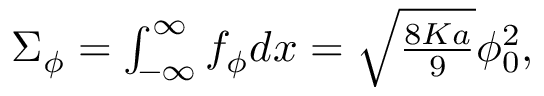
\begin{array} { r } { \Sigma _ { \phi } = \int _ { - \infty } ^ { \infty } f _ { \phi } d x = \sqrt { \frac { 8 K a } { 9 } } \phi _ { 0 } ^ { 2 } , } \end{array}